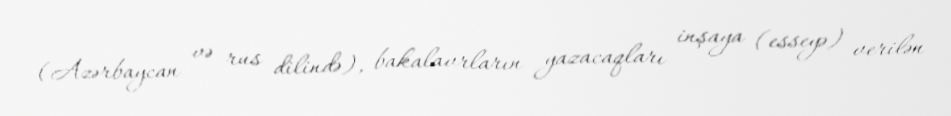
(Azərbaycan və rus dilində), bakalavrların yazacaqları inşaya (esseyə) verilən